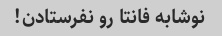
نوشابه فانتا رو نفرستادن!